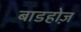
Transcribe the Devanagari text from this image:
बाडहोज़